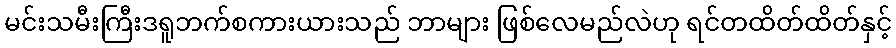
မင်းသမီးကြီးဒရူဘက်စကားယားသည် ဘာများ ဖြစ်လေမည်လဲဟု ရင်တထိတ်ထိတ်နှင့်